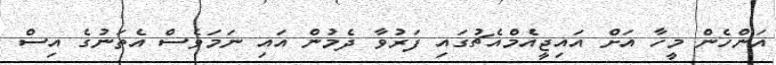
އަންހެން މީހާ އަށް އައިޖީއެމްއެޗުގައި ފަރުވާ ދެމުން އައި ނަމަވެސް އެތަނުގެ އިސް